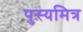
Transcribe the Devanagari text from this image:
पुस्यमित्र